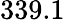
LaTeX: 339.1